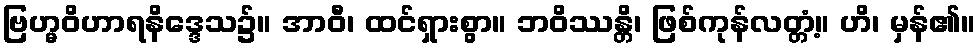
ဗြဟ္မဝိဟာရနိဒ္ဒေသ၌။ အာဝီ၊ ထင်ရှားစွာ။ ဘဝိဿန္တိ၊ ဖြစ်ကုန်လတ္တံ့။ ဟိ၊ မှန်၏။